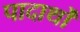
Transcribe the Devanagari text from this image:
पादार्थों